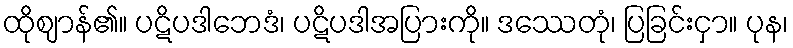
ထိုဈာန်၏။ ပဋိပဒါဘေဒံ၊ ပဋိပဒါအပြားကို။ ဒဿေတုံ၊ ပြခြင်းငှာ။ ပုန၊